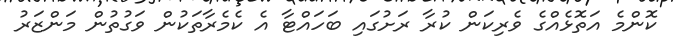
ކޮންމެ އަތޮޅެއްގެ ވެރިކަން ކުރާ ރަށުގައި ބަހައްޓާ އެ ކެމެރާތަކުން ވަގުތުން މަންޒަރު